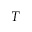
T